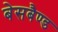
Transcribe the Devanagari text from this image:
बेसबैण्ड